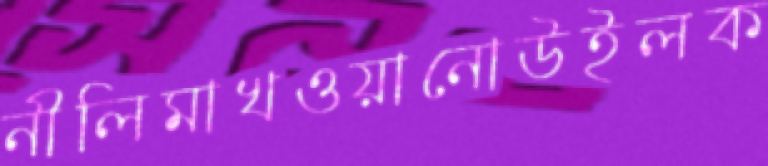
নীলিমাখওয়ানোউইলক